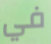
في